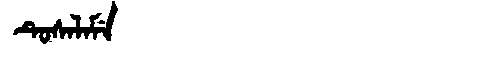
Manchu: ᡨᡠᠰᠠᠯᠠᠮᡝ
Romanization: TUSALAME